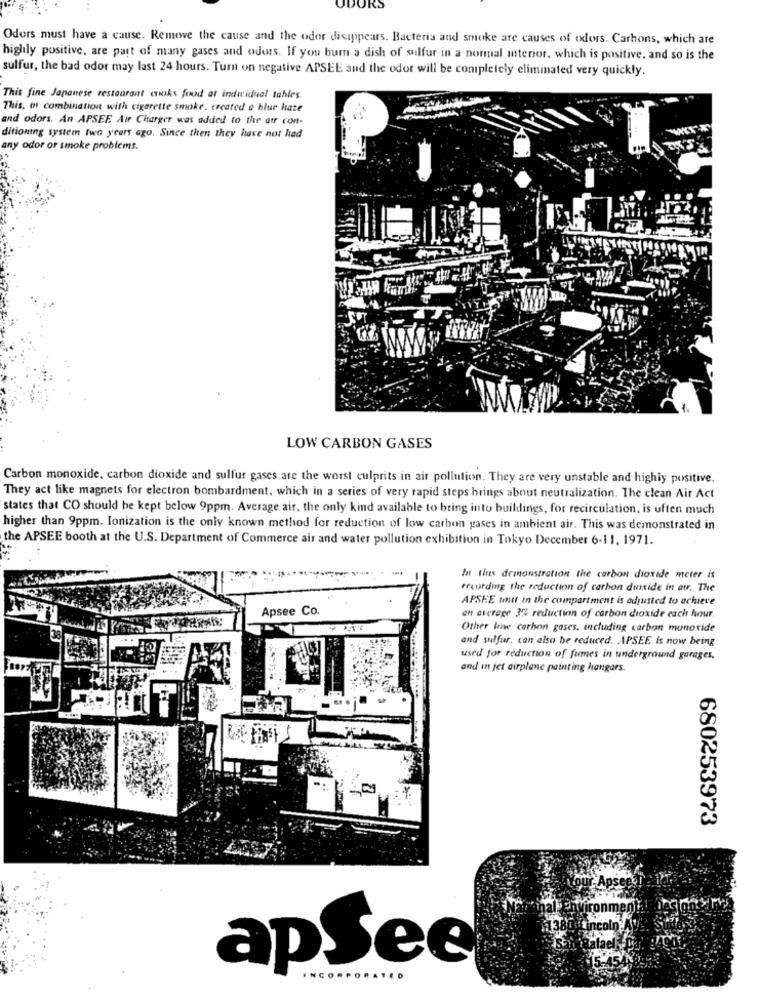
ODORS
Odors must have a cause. Remove the cause and the odor disappears. Bacteria and smoke are causes of odors. Carhons, which are
highly positive, are part of many gases and odors. If you burn a dish of sulfur in a normal interior. which is positive, and so is the
sulfur, the bad odor may last 24 hours. Turn on negative APSEE and the odor will be completely eliminated very quickly.
This fine Japanese restaurant cooks food at indwiduel tables.
This, in combination with cigarette smoke. created a blur haze
and odors. An APSEE Air Charger was added to the air con-
ditioning system two years ago. Since then they have not had
any odor or smoke problems.
LOW CARBON GASES
Carbon monoxide, carbon dioxide and sulfur gases are the worst culprits in air pollution. They are very unstable and highly positive.
They act like magnets for electron bombardment, which in a series of very rapid steps brings about neutralization. The clean Air Act
states that CO should be kept below 9ppm. Average air. the only kind available to bring into buildings, for recirculation, is often much
higher than 9ppm. Ionization is the only known method for reduction of low carbon gases in ambient air. This was demonstrated in
the APSEE booth at the U.S. Department of Commerce air and water pollution exhibition in Tokyo December 6-11, 1971.
In thus drinonstration the carbon dioxide meter is
treurding the reduction of carbon dioxide in air. The
APSEE unit in the compartment is adjusted to achieve
Apsee Co.
an average 3% reduction of carbon dioxide each hour.
Other low carbon gases, including carbon monoxide
and sulfur, can also be reduced. APSEE is now being
used for reduction of fumes in underground garages,
and in jet airplane painting hangars.
680253973
TAP
apSee
INCORPORATED